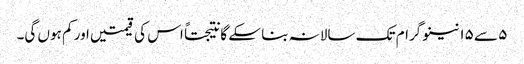
٥ سے ١٥ نینو گرام تک سالانہ بنا سکے گا نتیجتاً اس کی قیمتیں اور کم ہوں گی۔